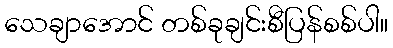
သေချာအောင် တစ်ခုချင်းစီပြန်စစ်ပါ။